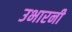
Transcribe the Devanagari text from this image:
उभारनी